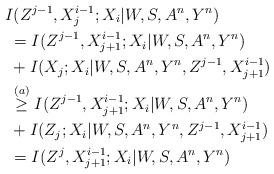
LaTeX: \begin{align*}&I(Z^{j-1},X_j^{i-1};X_i|W,S,A^n,Y^n)\\&\;=I(Z^{j-1},X_{j+1}^{i-1};X_i|W,S,A^n,Y^n)\\&\;+I(X_j;X_i|W,S,A^n,Y^n,Z^{j-1},X_{j+1}^{i-1})\\&\;\overset{(a)}{\geq}I(Z^{j-1},X_{j+1}^{i-1};X_i|W,S,A^n,Y^n)\\&\;+I(Z_j;X_i|W,S,A^n,Y^n,Z^{j-1},X_{j+1}^{i-1})\\&\;=I(Z^{j},X_{j+1}^{i-1};X_i|W,S,A^n,Y^n)\end{align*}